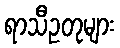
ရာသီဥတုများ